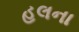
હલના